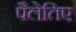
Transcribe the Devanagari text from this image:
पैलेतिए